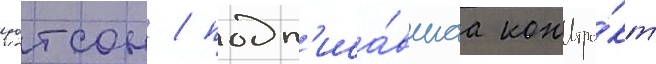
уотсон / подп'иса́вшаа контра́кт